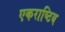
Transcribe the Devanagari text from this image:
एकराष्टिय